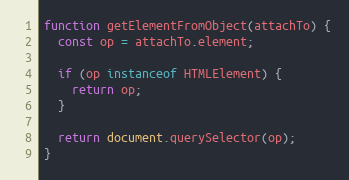
Language: JavaScript
function getElementFromObject(attachTo) {
  const op = attachTo.element;

  if (op instanceof HTMLElement) {
    return op;
  }

  return document.querySelector(op);
}